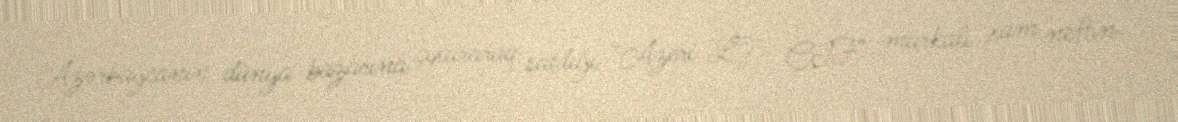
Azərbaycanın dünya bazarına çıxararaq satdığı "Azeri LT CIF" markalı xam neftin